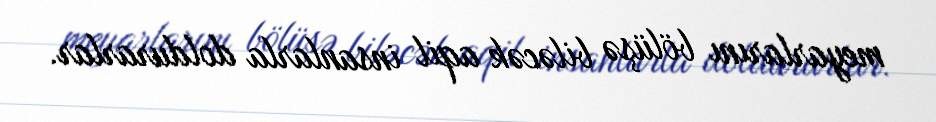
meyarlarını bölüşə biləcək aqil insanlarla doldurarlar.